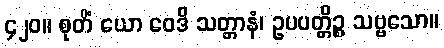
၄၂၀။ စုတိံ ယော ဝေဒိ သတ္တာနံ၊ ဥပပတ္တိဉ္စ သဗ္ဗသော။